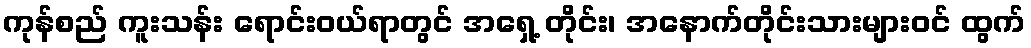
ကုန်စည် ကူးသန်း ရောင်းဝယ်ရာတွင် အရှေ့ တိုင်း၊ အနောက်တိုင်းသားများဝင် ထွက်